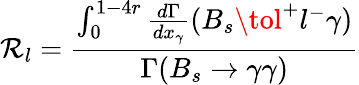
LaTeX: \mathcal{R}_{l}=\frac{{\int_{0}^{1-4r}\frac{{d\Gamma}}{{dx_{\gamma}}}(B_{s}\tol^{+}l^{-}\gamma)}}{{\Gamma(B_{s}\to\gamma\gamma)}}